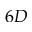
6 D